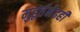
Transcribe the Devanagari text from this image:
मुहूर्तमेढही